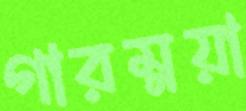
গারম্নয়া